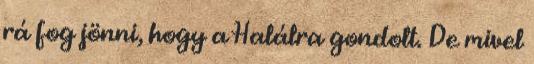
rá fog jönni, hogy a Halálra gondolt. De mivel